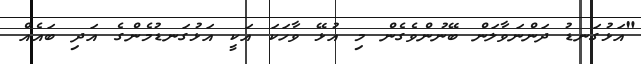
"އަޅުގަނޑު ދަންނަވާލަން ބޭނުންވެގެން މި އުޅޭ ވާހަކަ އަކީ އަޅުގަނޑުމެންގެ އަދި ބައެއް